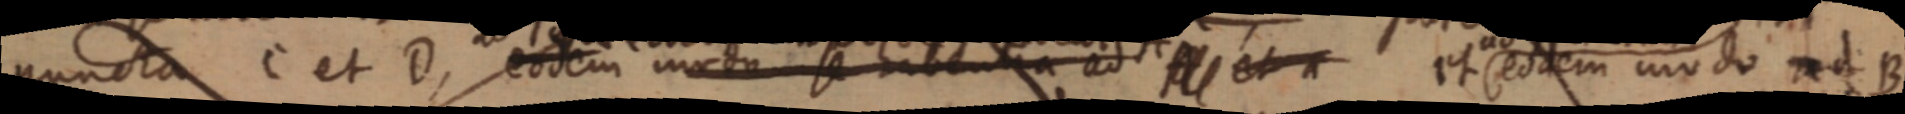
puncta C et D, eodem modo se habentia ad _ et eodem modo ad B